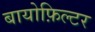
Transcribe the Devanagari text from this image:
बायोफ़िल्टर